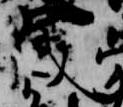
歳